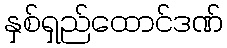
နှစ်ရှည်ထောင်ဒဏ်